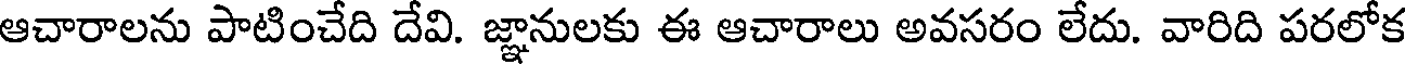
ఆచారాలను పాటించేది దేవి. జ్ఞానులకు ఈ ఆచారాలు అవసరం లేదు. వారిది పరలోక